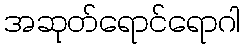
အဆုတ်ရောင်ရောဂါ